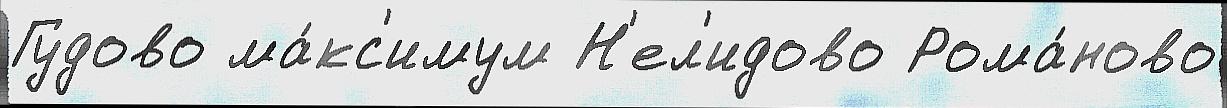
Гудово ма́кс'имум Н'ел'идово Рома́ново